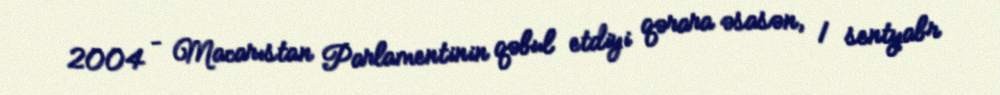
2004 – Macarıstan Parlamentinin qəbul etdiyi qərara əsasən, 1 sentyabr